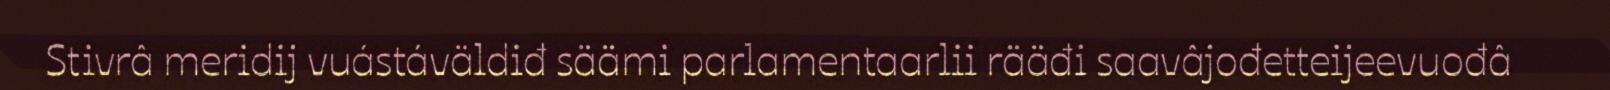
Stivrâ meridij vuástáväldiđ säämi parlamentaarlii rääđi saavâjođetteijeevuođâ